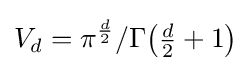
V_{d}=\pi ^{\frac {d}{2}}/\Gamma {\big (}{\tfrac {d}{2}}+1{\big )}